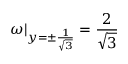
\omega | _ { y = \pm \frac { 1 } { \sqrt { 3 } } } = \frac { 2 } { \sqrt { 3 } }